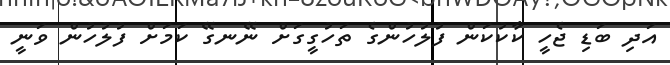
އަދި ބަޑި ޖެހީ ކާކުކަން ފުލުހުންގެ ތަހުގީގަށް ނޭނގޭ ކަމަށް ފުލުހުން ވަނީ